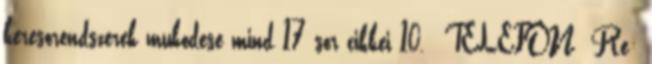
keresorendszerek mukodese mind 17 sor cikkei 10. TELEFON Re: